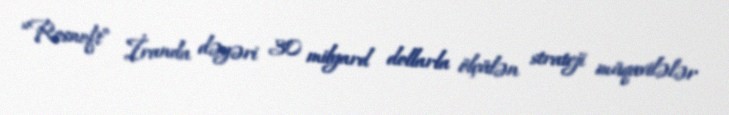
“Rosneft” İranda dəyəri 30 milyard dollarla ölçülən strateji müqavilələr